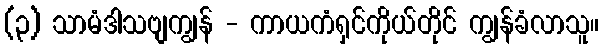
(၃) သာမံဒါသဗျကျွန် - ကာယကံရှင်ကိုယ်တိုင် ကျွန်ခံလာသူ။